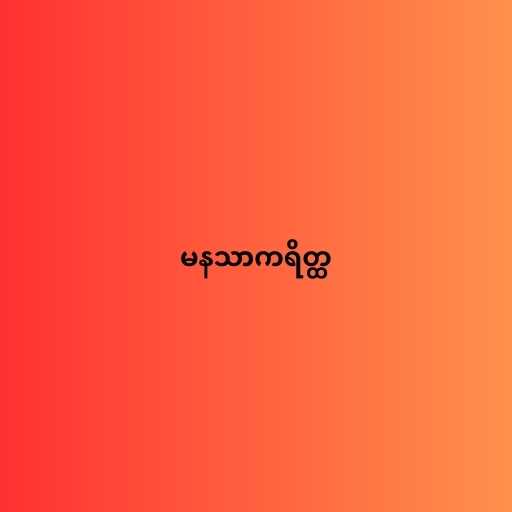
မနသာကရိတ္ထ